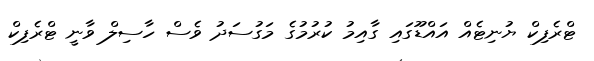
ޓްރެފިކް ޔުނިޓެއް އައްޑޫގައި ގާއިމު ކުރުމުގެ މަގުސަދު ވެސް ހާސިލް ވާނީ ޓްރެފިކް